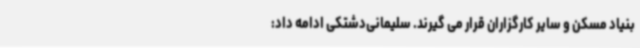
بنیاد مسکن و سایر کارگزاران قرار می گیرند. سلیمانی‌دشتکی ادامه داد: